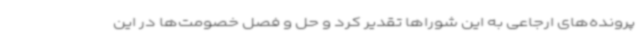
پرونده‌های ارجاعی به این شوراها تقدیر کرد و حل و فصل خصومت‌ها در این